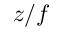
z / f